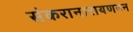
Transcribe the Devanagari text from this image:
संकरानारायणनन